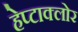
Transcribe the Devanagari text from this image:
हेप्‍टाक्‍लोर